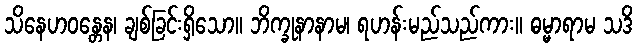
သိနေဟဝန္တေန၊ ချစ်ခြင်းရှိသော။ ဘိက္ခုနာနာမ၊ ရဟန်းမည်သည်ကား။ ဓမ္မာရာမ သဒိ